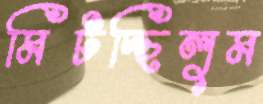
মিটচ্ছিলুম